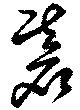
碁